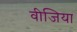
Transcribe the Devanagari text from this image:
वीजिया